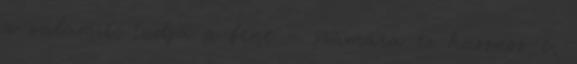
a valamit, tudja a fene – számára ez hasznos-e,